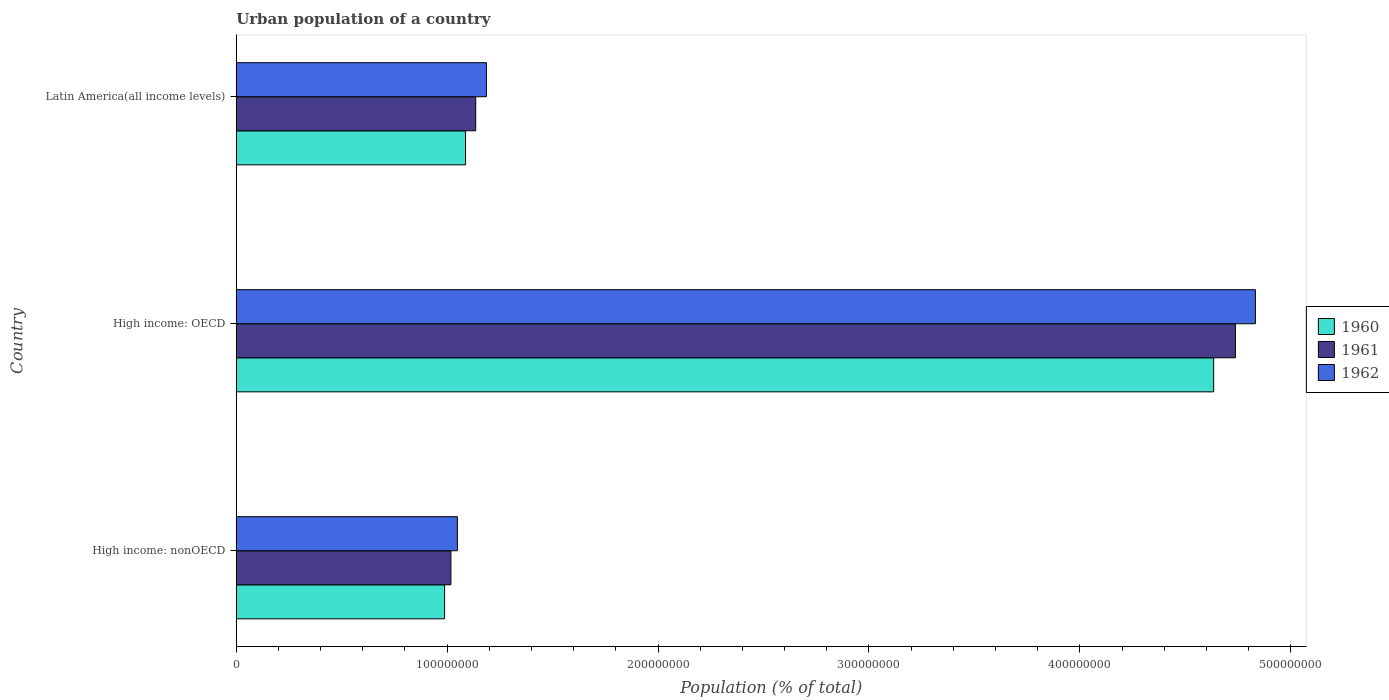
| Country | 1960 | 1961 | 1962 |
 | --- | --- | --- | --- |
 | High income: nonOECD | 9.88e+07 | 1.02e+08 | 1.05e+08 |
 | High income: OECD | 4.63e+08 | 4.74e+08 | 4.83e+08 |
 | Latin America(all income levels) | 1.09e+08 | 1.14e+08 | 1.19e+08 |